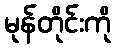
မုန်တိုင်းကို